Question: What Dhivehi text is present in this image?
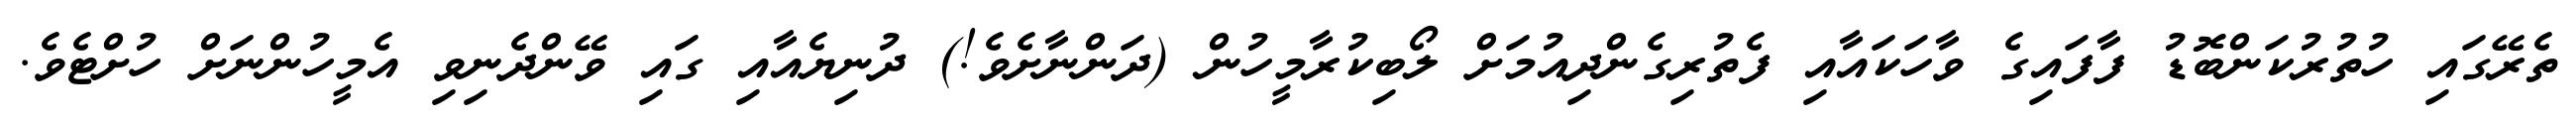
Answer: ތެރޭގައި ހުތުރުކަންބޮޑު ފާފައިގެ ވާހަކައާއި ފެތުރިގެންދިއުމަށް ލޯބިކުރާމީހުން (ދަންނާށެވެ!) ދުނިޔެއާއި ގައި ވޭންދެނިވި އެމީހުންނަށް ހުށްޓެވެ.